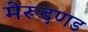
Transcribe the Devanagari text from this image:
मेरूदणड